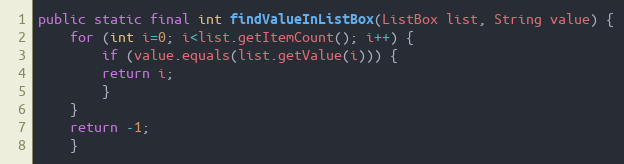
Language: Java
public static final int findValueInListBox(ListBox list, String value) {
	for (int i=0; i<list.getItemCount(); i++) {
	    if (value.equals(list.getValue(i))) {
		return i;
	    }
	}
	return -1;
    }